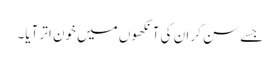
جسے سن کر ان کی آنکھوں میں خون اتر آیا۔